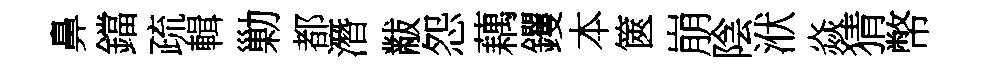
鼻鐺疏輯勦都潛黻怨藕钁本篋崩陰洑焱猜幣